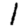
Digit: 1